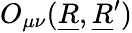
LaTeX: O_{\mu\nu}(\underline{{R}},\underline{{R}}^{\prime})